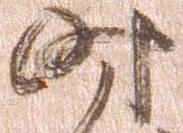
時